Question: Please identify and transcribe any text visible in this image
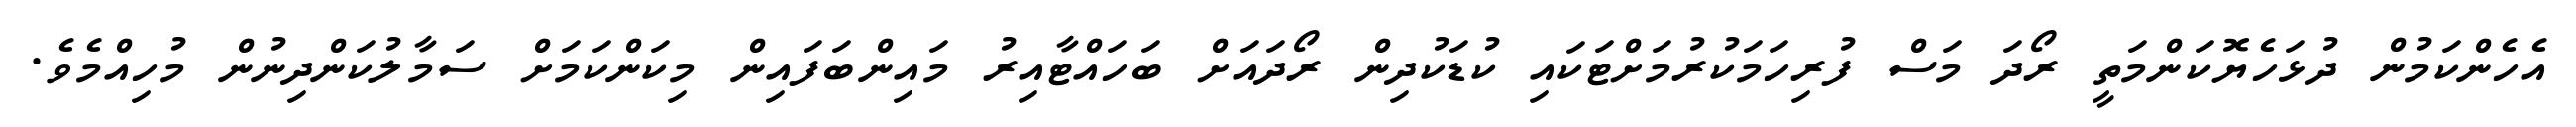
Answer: އެހެންކަމުން ދުޅަހެޔޮކަންމަތީ ރޯދަ މަސް ފުރިހަމަކުރުމަށްޓަކައި ކުޑަކުދިން ރޯދައަށް ބަހައްޓާއިރު މައިންބަފައިން މިކަންކަމަށް ސަމާލުކަންދިނުން މުހިއްމެވެ.